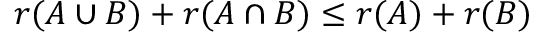
r ( A \cup B ) + r ( A \cap B ) \leq r ( A ) + r ( B )